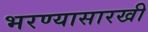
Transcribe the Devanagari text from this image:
भरण्यासारखी